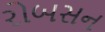
રોબસન